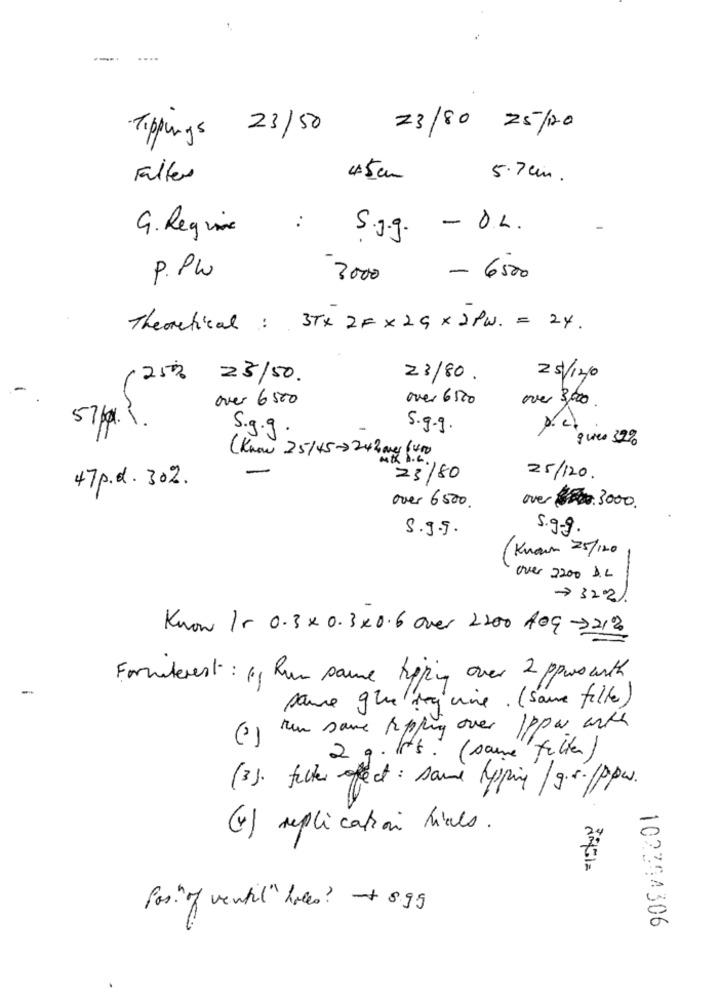
Tippings 23/50
23/80 25/120
Filter
45cm
5.7cm.
G. Regime
:
- O.L .
5 .9.9.
P. PW
3000
- 6500
Theoretical : 3Tx 2F × 29 x 2PW. = 24.
25%
23/50.
23/80
2 5/12/0
-
over 6500
over 6500
over 3,000
57g.1.
5.9.9.
S.g. g
q wes 32%
(Know 25/45-242 mg (400
AT B.C.
23/80
25/120.
47p.d. 30%.
over 6500.
over 3000.
5.9.9.
5.9.9.
(Known 25/120
over 2200 D.L.
Know Ir 0.3 ×0.3×0.6 over 2200 4og ->21%
Formaterest : 11 Run same tipping over 2 ppwo with
saure glue seguire . (same fille)
nun same Ripping over Ippar ante
(2)
2 g. It's. (same filter)
(3). filter efect: sami hypping /g.v. /ppw.
(4) replication lines.
for " of ventil" holes? 8.99
102394306